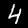
Label: 4